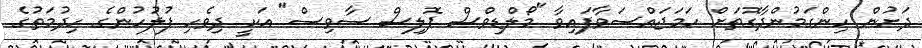
ދަށުން ހިންގަމުންދާގޮތަށް ހަމަޖައްސަވާފައިވާ "މޯލްޑިވްސް ޕޮލިސް ސާވިސް" އަކީ ދިވެހި ފުލުހުންގެ ހިދުމަތުގެ